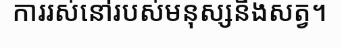
ការរស់នៅរបស់មនុស្សនិងសត្វ។